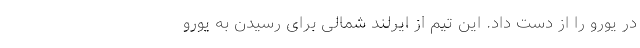
در یورو را از دست داد. این تیم از ایرلند شمالی برای رسیدن به یورو